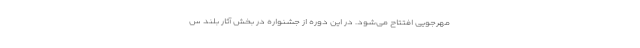
مهرجویی افتتاح ‌می‌شود. در این دوره از جشنواره در بخش آثار بلند س